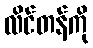
လိင်တန်ကို